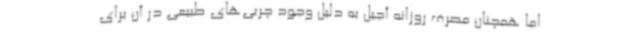
اما همچنان مصرف روزانه آجیل به دلیل وجود چربی‌های طبیعی در آن برای